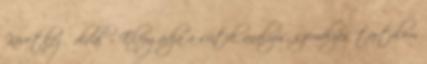
Következő oldal » Elfogadja a sütik analízis, személyes tartalom